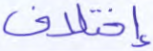
إختلاف